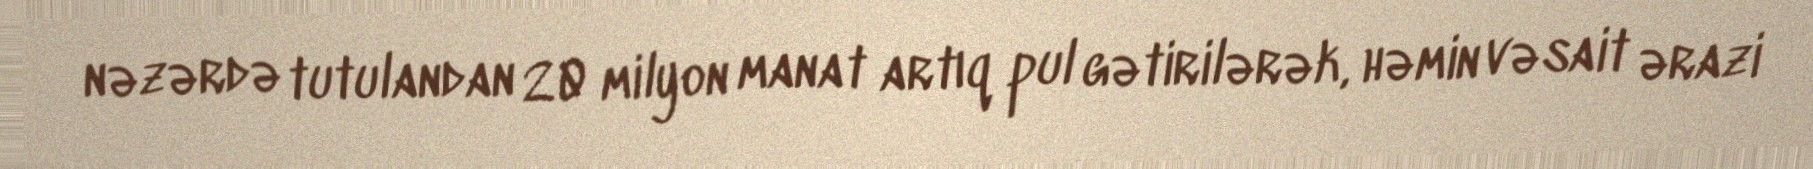
nəzərdə tutulandan 20 milyon manat artıq pul gətirilərək, həmin vəsait ərazi